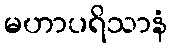
မဟာပရိသာနံ